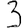
Digit: 3